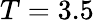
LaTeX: T=3.5